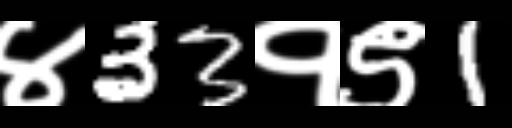
Text: ४33१९1